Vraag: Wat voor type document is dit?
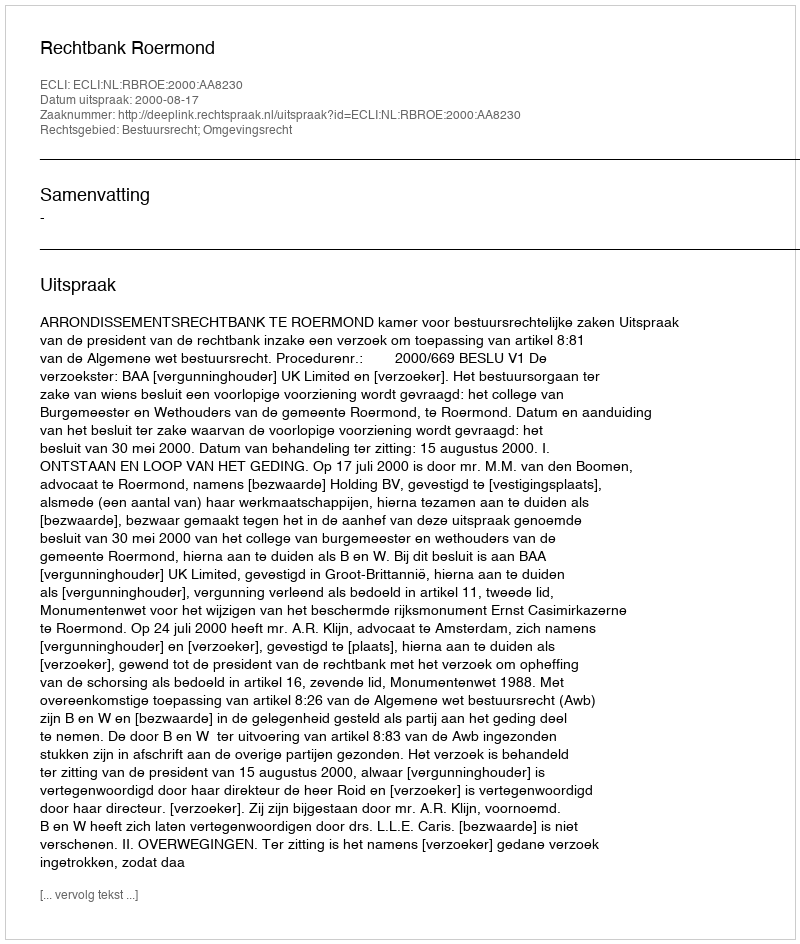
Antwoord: Uitspraak